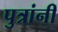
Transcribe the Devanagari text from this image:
पुत्रांनीं